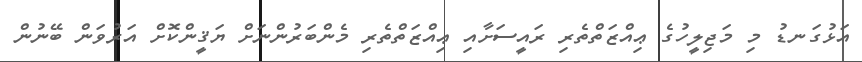
އަޅުގަނޑު މި މަޖިލީހުގެ ޢިއްޒަތްތެރި ރައީސަށާއި ޢިއްޒަތްތެރި މެންބަރުންނަށް ޔަޤީންކޮށް އަރުވަން ބޭނުން